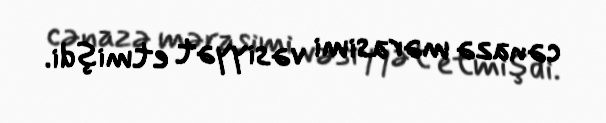
cənazə mərasimi vəsiyyət etmişdi.